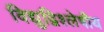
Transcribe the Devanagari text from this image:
विद्युद्विश्लेषीय